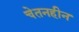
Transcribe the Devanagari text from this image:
चेतनहीन